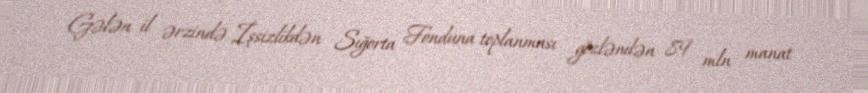
Gələn il ərzində İşsizlikdən Sığorta Fonduna toplanması gözlənilən 89 mln manat